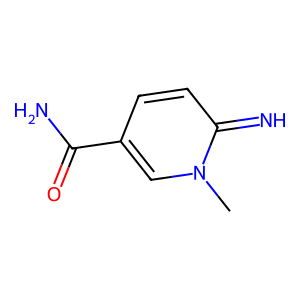
SMILES: Cn1cc(C(N)=O)ccc1=N
Inhibits HIV replication: No